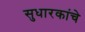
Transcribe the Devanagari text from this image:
सुधारकांचे